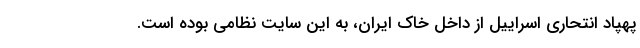
پهپاد انتحاری اسراییل از داخل خاک ایران، به این سایت نظامی بوده است.